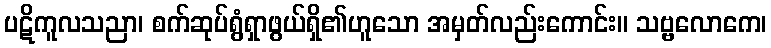
ပဋိကူလသညာ၊ စက်ဆုပ်ရွံရှာဖွယ်ရှိ၏ဟူသော အမှတ်လည်းကောင်း။ သဗ္ဗလောကေ၊